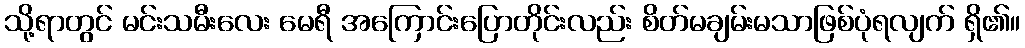
သို့ရာတွင် မင်းသမီးလေး မေရီ အကြောင်းပြောတိုင်းလည်း စိတ်မချမ်းမသာဖြစ်ပုံရလျက် ရှိ၏။